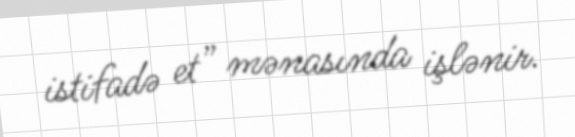
istifadə et” mənasında işlənir.